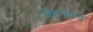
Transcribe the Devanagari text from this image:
ब्रिटनकडे